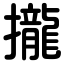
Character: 攏